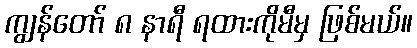
ကျွန်တော် ၈ နာရီ ရထားကိုမီမှ ဖြစ်မယ်။